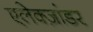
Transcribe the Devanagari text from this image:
एलेक्ज़ांडर